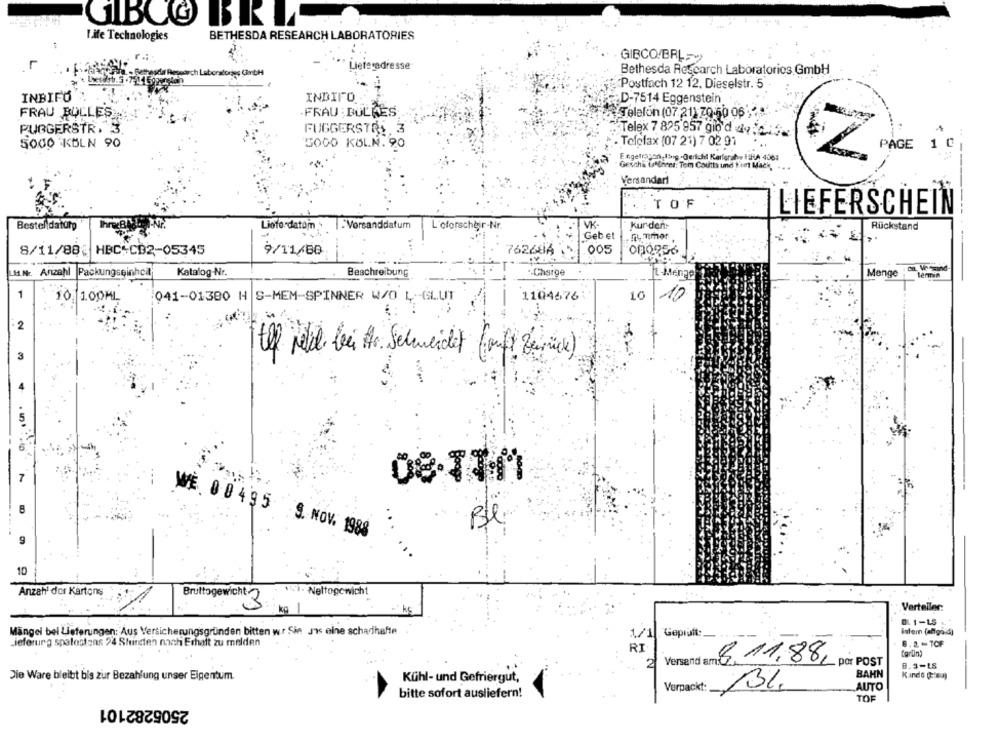
GIBCO BRI
Life Technologies
BETHESDA RESEARCH LABORATORIES
GIBCO/BRL -- >
1
Lieferadresse
Bethesda Rescarch Laboratorios GmbH
Postfach 12 12. Dieselstr. 5
INBIFO
INDIFO
D-7514 Eggenstein
FRAU BULLES
FRAU BULGES
Telefon (07.21) 20.50 06 ;" >".
PURGERSTR. 3.
FUGGERSTRY, 3
Telex 7 825 957 gio'd av :2.5%
. Telefax (07 21) 7 02 91
5000 KÖLN 90
5000 KÖLN. 90
PAGE
1 @
Eingetragen,Isig -Gericht Karferah, HRA 4063
Gescha Lottheer: Tom Coutts und tomt Mack
Versandart
TOF
LIEFERSCHEIN
VK
Besteldatuty
Liofordatom
-Versanddatum | L'oforscheir-Nr.
Kur den
Rückstand
Gebet
nummer
8/11/883 HBC+CB2-05345
9/11/80
7626614
005
M.N .. Anzahl
Packungseinhcal
Katalog-Nr.
Beschreibung
Charge
It -Menge
Menge
termin
1
10 100ML
1104676
10
10
941-01380 H S-MEM-SPINNER W/O L-GLUT
6 :
2
tlf well bu Hr. Schweidet (ouft Zurück)
7
08-TIM
8
Bl
WE 00495 S. NOV. 1988
9
10
Anzahl dor Kartons
· Nettogewicht
Bruttogewicht:3
kg 1
Verteiler:
0. 1-LS
Mängel bel Lieferungen: Aus Versicherungsgründen bitten w.r Sin Jvs alne schadhafte
Intern (antigaid)
1/1 Geprüft:
1/1
Lieferung spalostans 24 Shindien nach Erhalt zu melden
8.2 -TOF
RI
Versand am
6.11.88,
por POST
2
8.3-ES
BAHN
Die Ware bleibt bis zur Bezahlung unser Eigentum.
Kühl- und Gefriergut,
Verpackt:
13%
AUTO
bitte sofort ausliefern!
TOF
2505282101